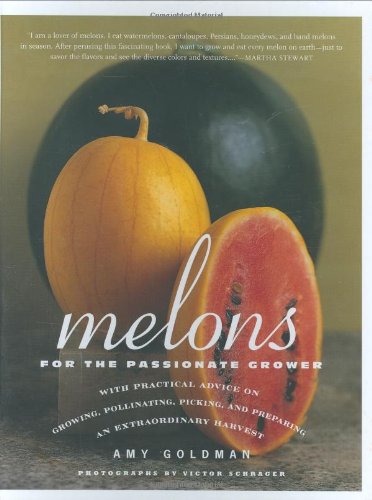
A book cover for Melons for the Passionate Grower; Amy Goldman; Cookbooks, Food & Wine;